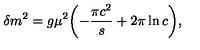
\delta m ^ { 2 } = g \mu ^ { 2 } \biggl ( - \frac { \pi c ^ { 2 } } { s } + 2 \pi \ln c \biggr ) ,